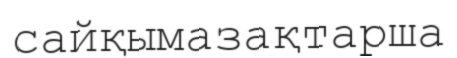
сайқымазақтарша